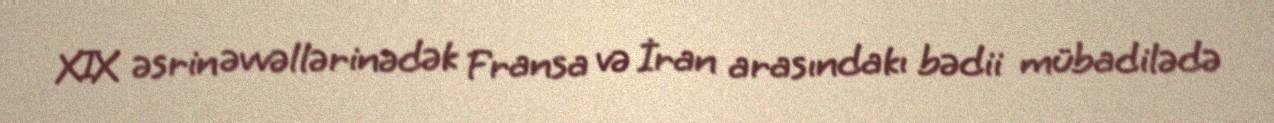
XIX əsrin əvvəllərinədək Fransa və İran arasındakı bədii mübadilədə